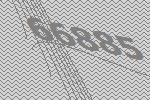
66885